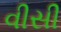
વીસી